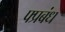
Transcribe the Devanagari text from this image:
फ्प्रबंध